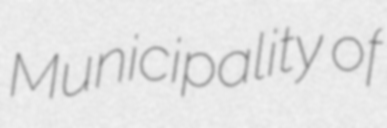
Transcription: Municipality of